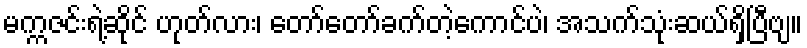
မက္ကဇင်းရဲ့ဆိုင် ဟုတ်လား၊ တော်တော်ခက်တဲ့ကောင်ပဲ၊ အသက်သုံးဆယ်ရှိပြီဗျ။